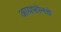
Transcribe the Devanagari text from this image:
आयफोनचे